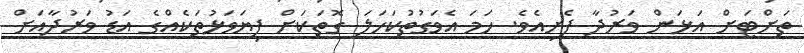
ތަށްޓަށް އަޅަން ވަރުދާ ފެށިއެވެ. ހަމަ އެވަގުތުކަހަލަ ގޮތަކަށް ފިޔަވަޅުތަކެއްގެ އަޑު ވަރުދާއަށް